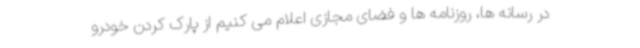
در رسانه ها، روزنامه ها و فضای مجازی اعلام می کنیم از پارک کردن خودرو